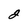
Character: 2